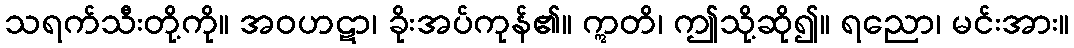
သရက်သီးတို့ကို။ အဝဟဋာ၊ ခိုးအပ်ကုန်၏။ ဣတိ၊ ဤသို့ဆို၍။ ရညော၊ မင်းအား။